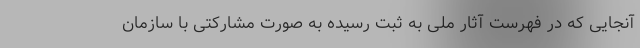
آنجایی که در فهرست آثار ملی به ثبت رسیده به صورت مشارکتی با سازمان